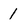
Character: 1